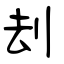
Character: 刦